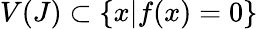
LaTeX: V(J)\subset\{ x|f(x)=0\}